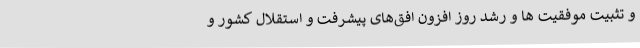
و تثبیت موفقیت ها و رشد روز افزون افق‌های پیشرفت و استقلال کشور و